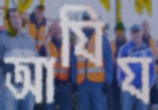
আযিয